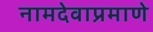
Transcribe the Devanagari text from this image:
नामदेवाप्रमाणे